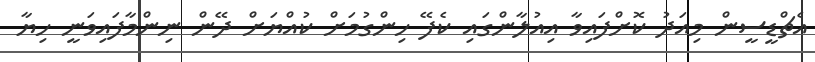
އެޗްޑީސީން މިއަދު ކޮށްފައިވާ އިއުލާންގައި ކެފޭ ހިންގުމަށް ކުއްޔަށް ދޭން ނިންމާފައިވަނީ ހިޔާ